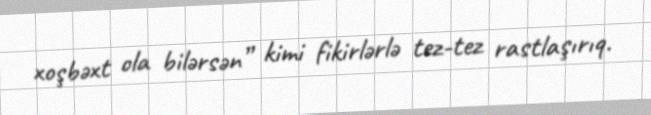
xoşbəxt ola bilərsən” kimi fikirlərlə tez-tez rastlaşırıq.